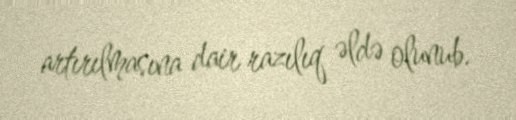
artırılmasına dair razılıq əldə olunub.